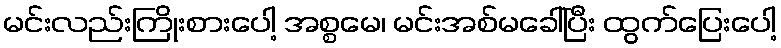
မင်းလည်းကြိုးစားပေါ့ အစ္စမေ၊ မင်းအစ်မခေါ်ပြီး ထွက်ပြေးပေါ့